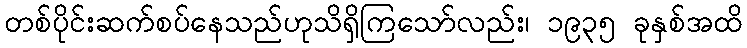
တစ်ပိုင်းဆက်စပ်နေသည်ဟုသိရှိကြသော်လည်း၊ ၁၉၃၅ ခုနှစ်အထိ